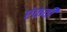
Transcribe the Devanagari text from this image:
एंकवी